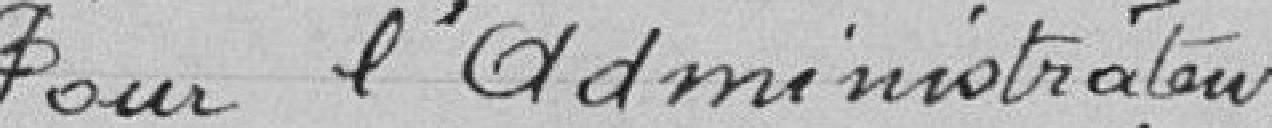
Pour l'administrateur